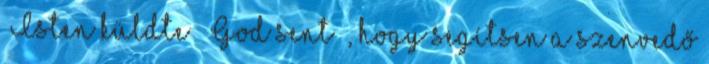
„Isten küldte” „God sent” , hogy segítsen a szenvedő